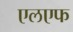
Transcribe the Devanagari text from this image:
एलएफ